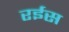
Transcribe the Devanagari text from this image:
रर्इस